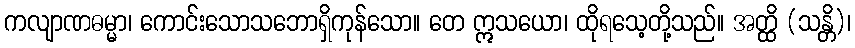
ကလျာဏဓမ္မာ၊ ကောင်းသောသဘောရှိကုန်သော။ တေ ဣသယော၊ ထိုရသေ့တို့သည်။ အတ္ထိ (သန္တိ)၊